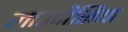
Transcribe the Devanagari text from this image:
लाउदीसिया